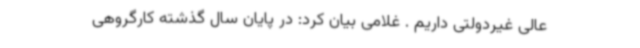
عالی غیردولتی داریم . غلامی بیان کرد: در پایان سال گذشته کارگروهی